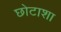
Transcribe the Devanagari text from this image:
छोटाशा